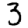
Digit: 3